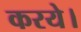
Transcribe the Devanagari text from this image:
करये।